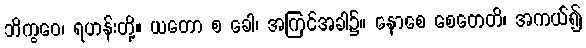
ဘိက္ခဝေ၊ ရဟန်းတို့။ ယတော စ ခေါ၊ အကြင်အခါ၌။ နောစေ စေတေတိ၊ အကယ်၍